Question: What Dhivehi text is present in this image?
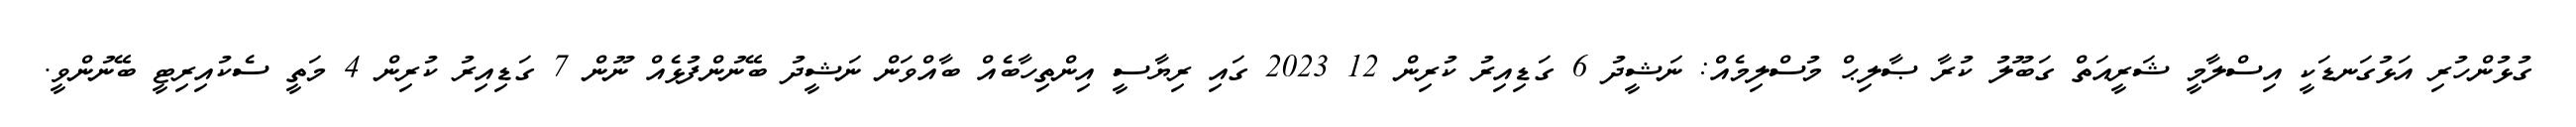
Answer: ގުޅުންހުރި އަޅުގަނޑަކީ އިސްލާމީ ޝަރީއަތް ގަބޫލު ކުރާ ޞާލިޙް މުސްލިމެއް: ނަޝީދު 6 ގަޑިއިރު ކުރިން 12 2023 ގައި ރިޔާސީ އިންތިހާބެއް ބާއްވަން ނަޝީދު ބޭނުންފުޅެއް ނޫން 7 ގަޑިއިރު ކުރިން 4 މަތީ ސެކުއިރިޓީ ބޭނުންވީ.